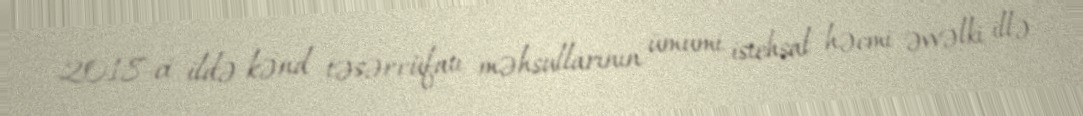
2018-ci ildə kənd təsərrüfatı məhsullarının ümumi istehsal həcmi əvvəlki illə